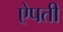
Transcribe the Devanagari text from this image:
ऐपती